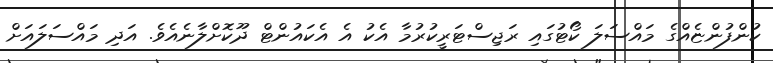
ކުންފުންޏެއްގެ މައްސަލަ ކޯޓުގައި ރަޖިސްޓަރީކުރުމާ އެކު އެ އެކައުންޓް ދޫކޮށްލާނެއެވެ. އަދި މައްސަލައަށް